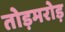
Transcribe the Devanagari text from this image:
तोड़मरोड़